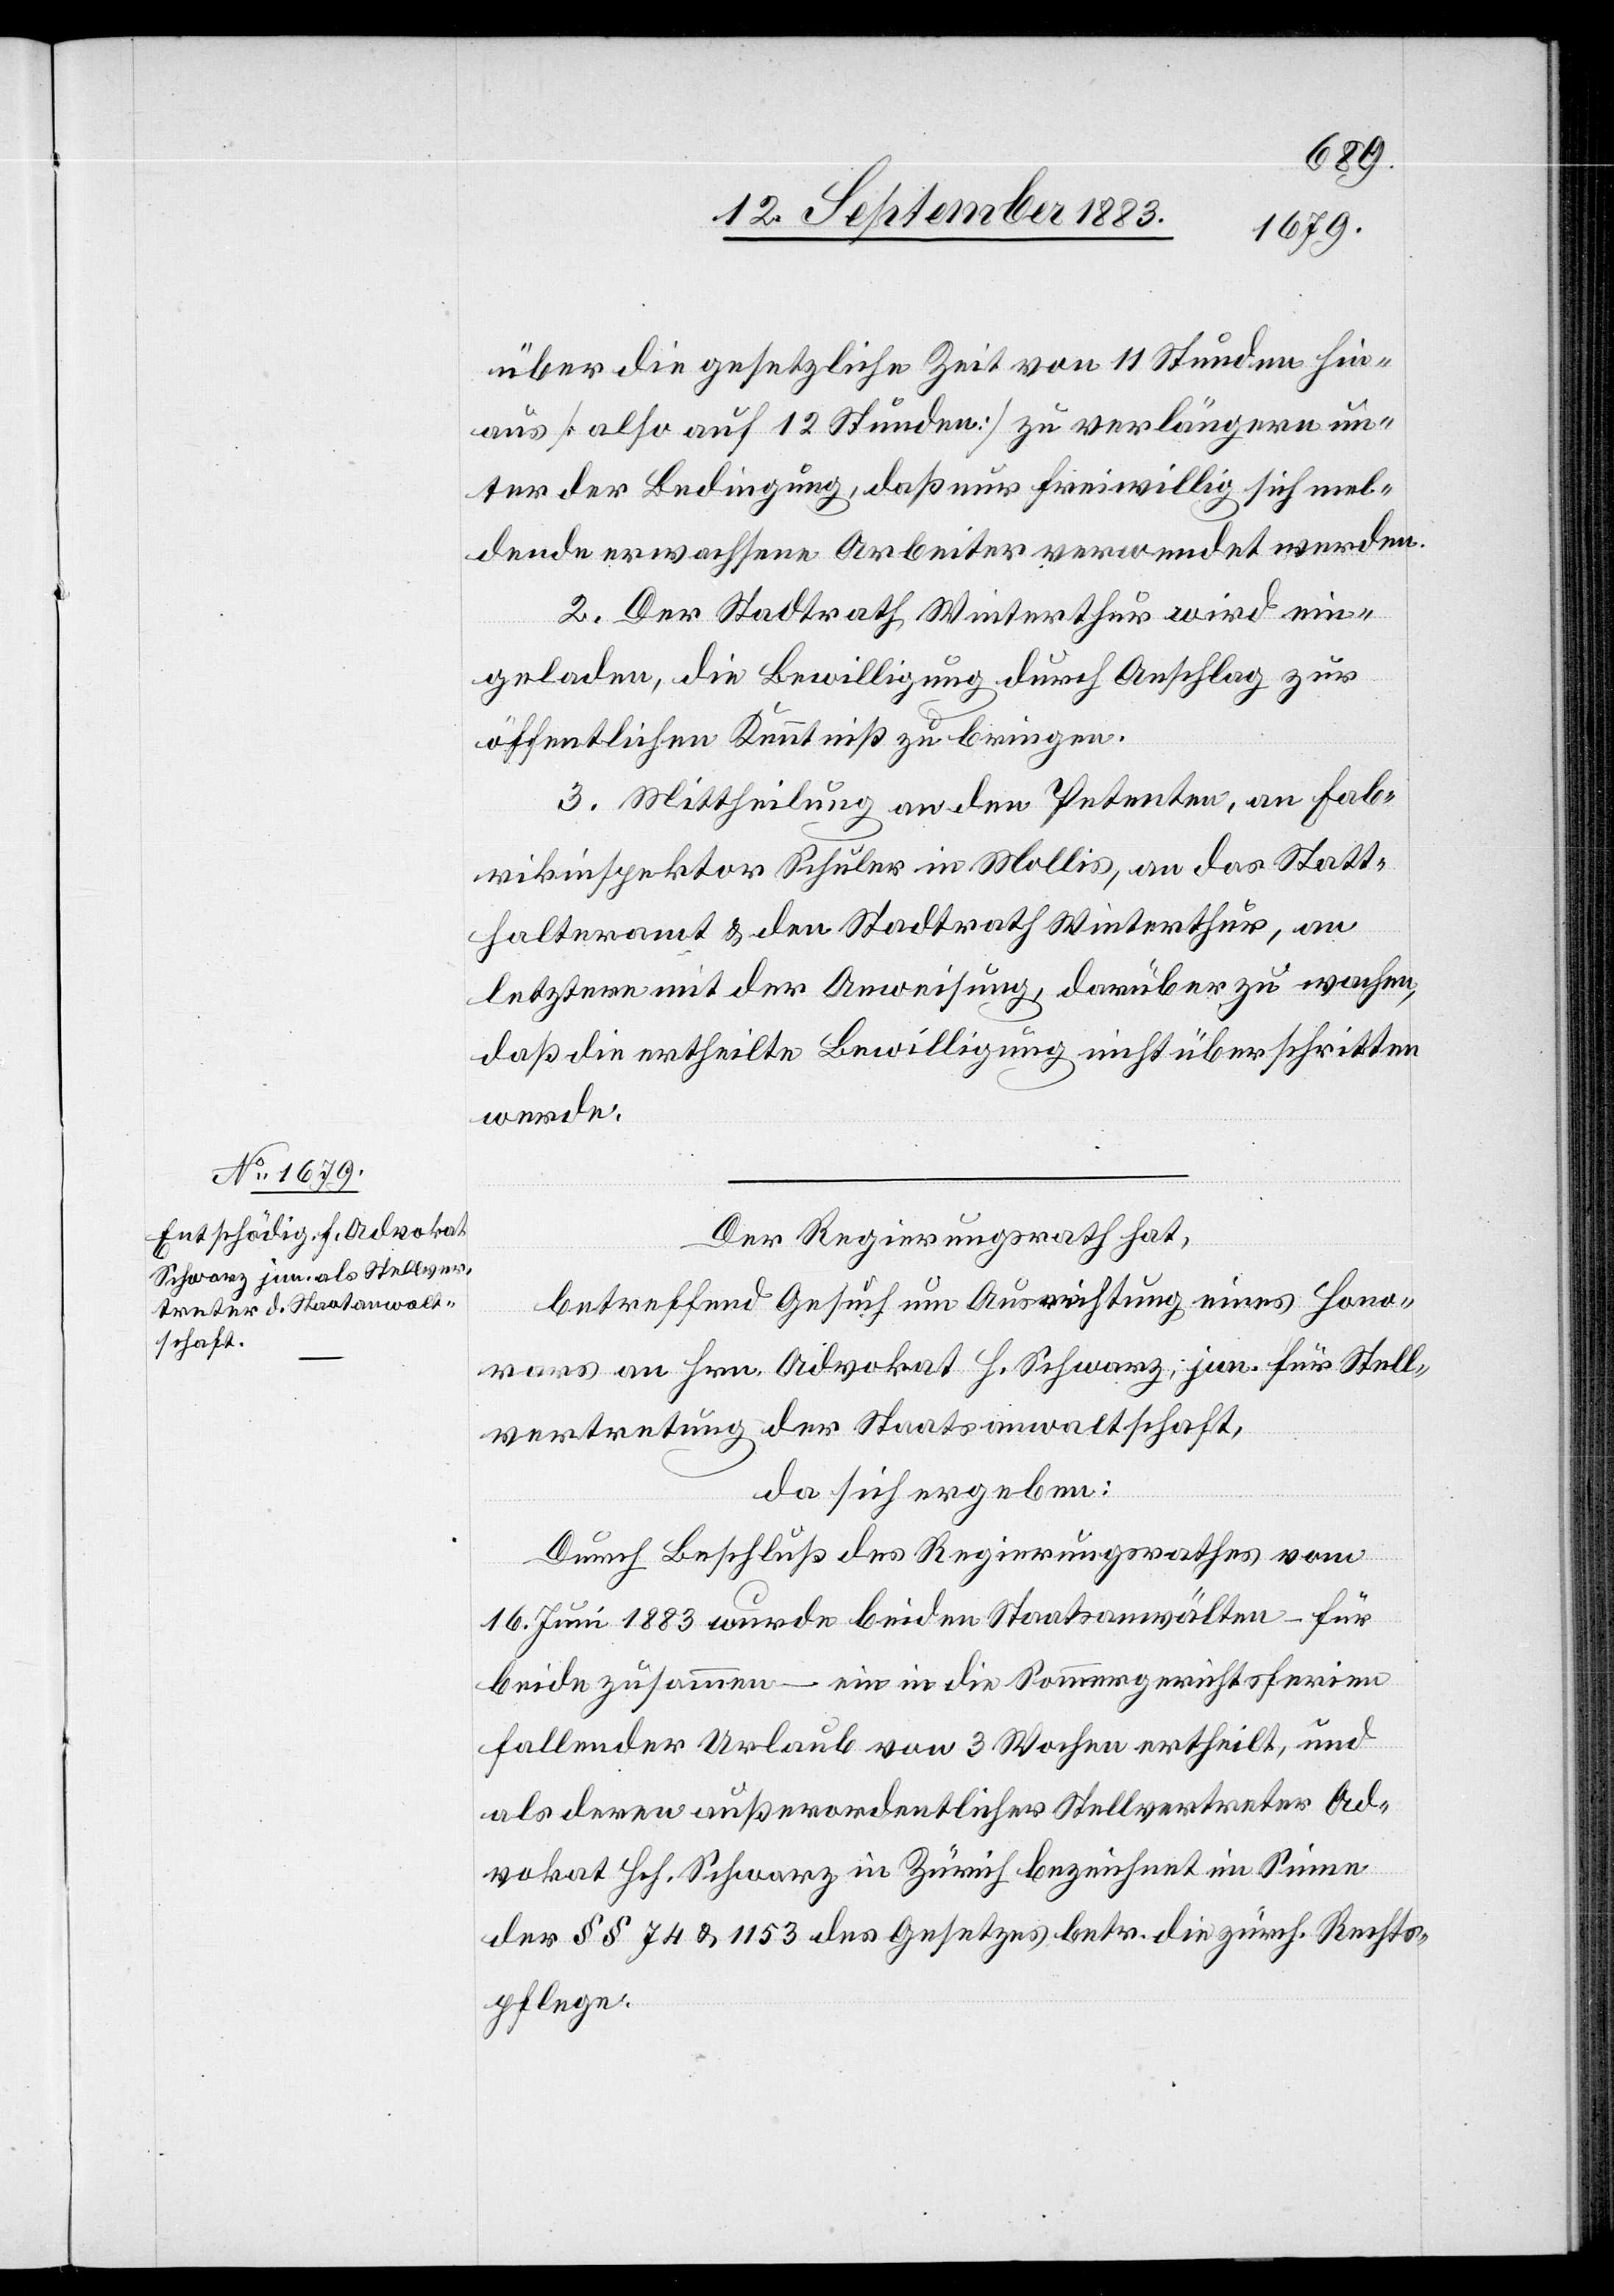
über die gesetzliche Zeit von 11 Stunden hin¬
aus [also auf 12 Stunden] zu verlängern un¬
ter der Bedingung, daß nur freiwillig sich mel¬
dende erwachsene Arbeiter verwendet werden.
2. Der Stadtrath Winterthur wird ein¬
geladen, die Bewilligung durch Anschlag zur
öffentlichen Kenntniß zu bringen.
3. Mittheilung an den Petenten, an Fab¬
rikinspektor Schuler in Mollis, an das Statt¬
halteramt & den Stadtrath Winterthur, an
letztere mit der Anweisung, darüber zu wachen,
daß die ertheilte Bewilligung nicht überschritten
werde.
Der Regierungsrath hat,
betreffend Gesuch um Ausrichtung eines Hono¬
rars an Hrn. Advokat H. Schwarz, jun. für Stell¬
vertretung der Staatsanwaltschaft,
da sich ergeben:
Durch Beschluß des Regierungsrathes vom
16. Juni 1883 wurde beiden Staatsanwälten – für
beide zusammen – ein in die Sommergerichtsferien
fallender Urlaub von 3 Wochen ertheilt, und
als deren außerordentlicher Stellvertreter Ad¬
vokat Hch. Schwarz in Zürich bezeichnet im Sinne
der §§ 74 & 1153 des Gesetzes betr. die zürch. Rechts¬
pflege.